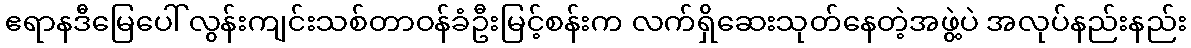
ဧရာနဒီမြေပေါ် လွန်းကျင်းသစ်တာဝန်ခံဦးမြင့်စန်းက လက်ရှိဆေးသုတ်နေတဲ့အဖွဲ့ပဲ အလုပ်နည်းနည်း